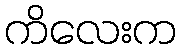
ကိလေးက